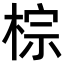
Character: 棕